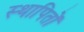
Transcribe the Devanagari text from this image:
स्थापितों